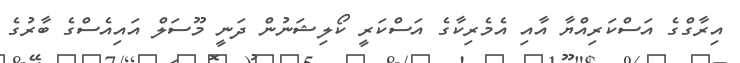
އިރާގްގެ އަސްކަރިއްޔާ އާއި އެމެރިކާގެ އަސްކަރީ ކޯލިޝަނުން ދަނީ މޫސަލް އައިއެސްގެ ބާރުގެ